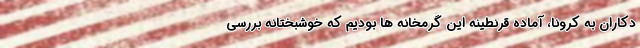
دکاران به کرونا، آماده قرنطینه این گرمخانه ها بودیم که خوشبختانه بررسی